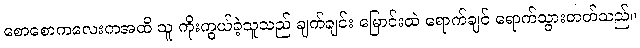
စောစောကလေးကအထိ သူ ကိုးကွယ်ခဲ့သူသည် ချက်ချင်း မြောင်းထဲ ရောက်ချင် ရောက်သွားတတ်သည်။